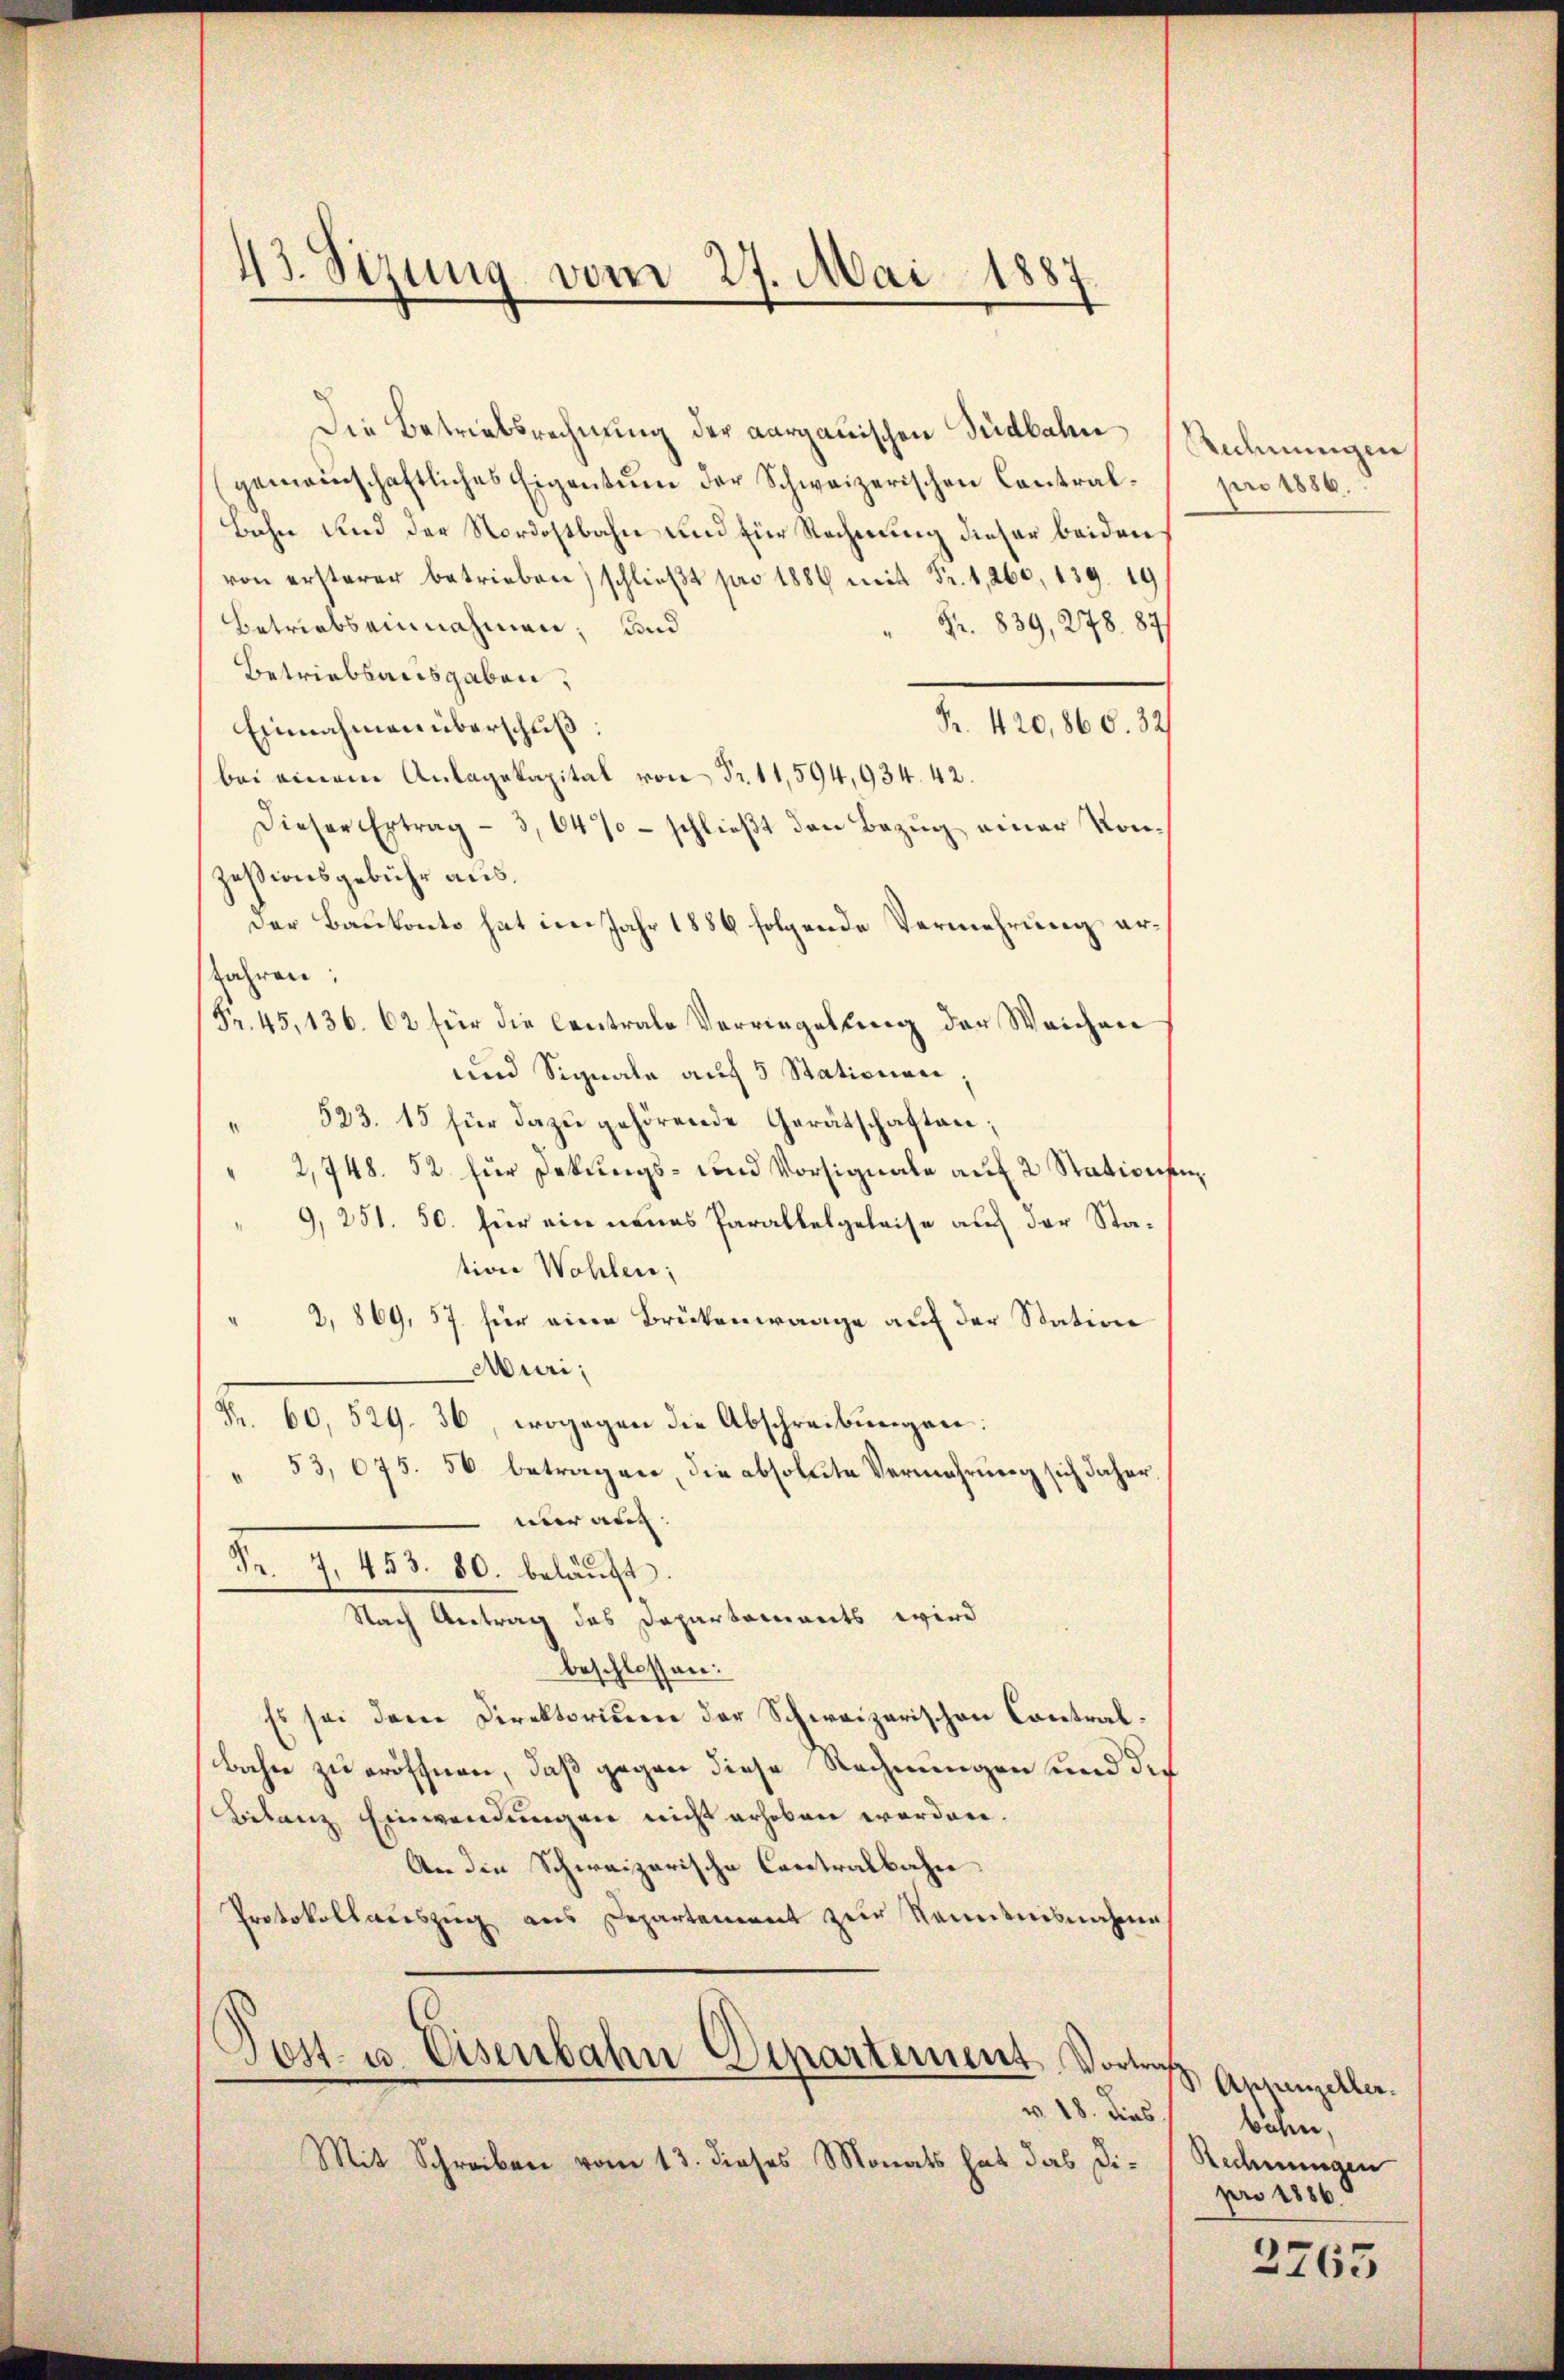
43. Sizung vom 27. Mai 1887

Die Betriebsrechnung der aargauischen Südbahn Rechnungen
gemeinschaftliches Eigentum der Schweizerischen Contral- pro 1886.
Bahn und der Nordostbahn und für Rechnung dieser beiden
von ersterer betrieben) schlieβt pro 1888 mit Fr. 1,260, 139. 19
Betriebs einnahmen; und
Fr. 839, 278. 1877
Betriebsausgaben,
Fr. 420,860. 32
Einnahmen überschuß:
bei einem Anlagekapital von Fr. 11,594,934. 42.
Dieser Ertrag - 3,64%- schlieβt den Bezŭg einer Konzesionsgebühr aus.
Der Baukonto hat im Jahr 1886 folgende Vermehrung er¬
Jahren:
Fr. 45, 136. 62 für die Centrale Verringelung der Weichen
und Signale auf 3 Stationen,
523. 15 für dazu gehörende Gerätschaften;
2,748. 52. für Dekungs- und Vorsignale auf 2 Stationen,
9, 251. 50. für ein neues Parallelgeleise auf der Station Wohlen;
2, 869, 57. für eine Brükenwaage auf der Station
Muri,
Fr. 60, 529. 36, wogegen die Abschreibungen:
" 53, 675. 56 betragen, die absolute Vermehrung sich daher,
nur auc
Fr. 7. 453. 80. beläuft.
Nach Antrag des Departariants wird
beschlossen:
Es sei der Direktorium der Schweizerischen Contral¬
Bahn zu eröffnen, daß gegen diese Rechnungen und des
Betanz Einwendungen nicht erhoben worden.
An die Schweizerische Contralbahn
Protokollauszug aus Departement zur Kenntnisnahme
Post- u. Eisenbahn-Departement Vortrag
v 18. Das
Mit Schreiben vom 13. dieses Monats hat das Di¬

Appenzeller.
Bahen,
Rechnungen
pro 1886.

2263